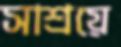
সাশ্রয়ে